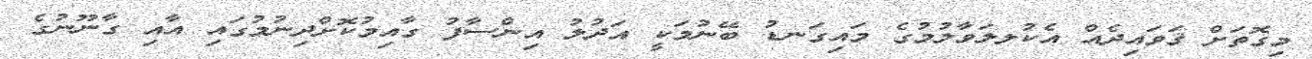
މިގޮތަށް ޤަވައިދެއް އެކުލލަވާލުމުގެ މައިގަނޑު ބޭނުމަކީ އަދުލު އިންސާފު ގާއިމުކޮށްދިނުމުގައި އާއި ގާނޫނުގެ